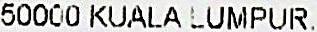
50000 KUALA LUMPUR.